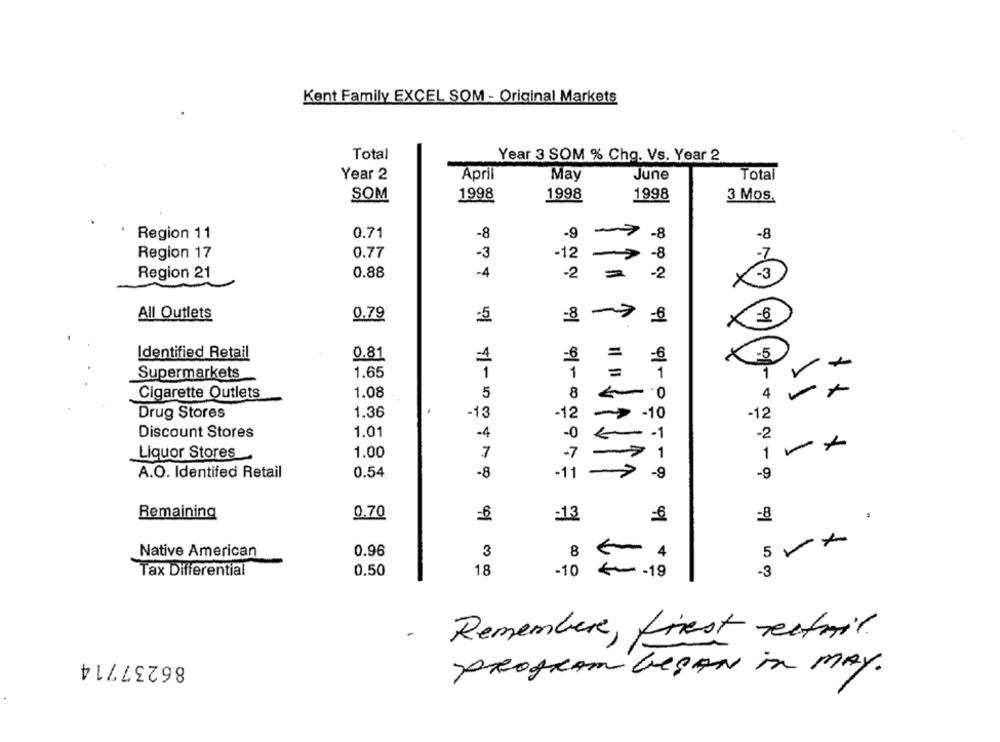
Kent Family EXCEL SOM - Original Markets
Total
Year 3 SOM % Chg. Vs. Year 2
Year 2
April
May
June
Total
SOM
1998
1998
1998
3 Mos.
Region 11
0.71
-8
-9
1
-8
-8
0.77
Region 17
-3
-12
-8
-7
-
Region 21
0.88
-4
-2
=
-3
-2
All Outlets
0.79
-5
8->
=6
=6
×
Identified Retail
0.81
-5
=6
Supermarkets
1.65
1
1
1
0.
1
1.08
5
4
Cigarette Outlets
8
Drug Stores
1,36
-13
12
-10
-12
Discount Stores
1.01
-4
-0
-1
-2
1.00
7
Liquor Stores
-7
1
A.O. Identifed Retail
0.54
-8
-11
->
-9
-9
Remaining
0.70
:13
=8
Native American
0.96
3
8
5
0.50
18
-3
Tax Differential
-10
. - 19
- Remembere, firest rectoil.
86237714
program began in MAY.